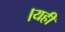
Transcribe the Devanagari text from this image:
।यही